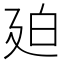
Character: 廹